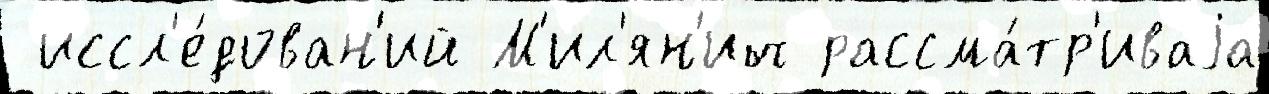
 иссл'е́дован'ий М'ил'ян'ич рассма́тр'иваjа